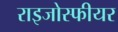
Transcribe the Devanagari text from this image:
राइजोस्फीयर